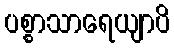
ပစ္စာသာရေယျာပိ